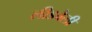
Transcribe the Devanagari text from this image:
लीडबेली